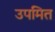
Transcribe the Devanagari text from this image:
उपमित